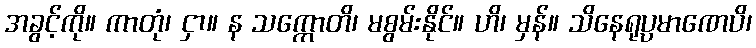
အခွင့်ကို။ ကာတုံ၊ ငှာ။ န သက္ကောတိ၊ မစွမ်းနိုင်။ ဟိ၊ မှန်။ သိနေရုပ္ပမာဏေပိ၊